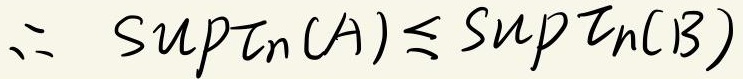
\(\therefore \ \sup \tau _{n}(A)\leq \sup \tau _{n}(B)\)